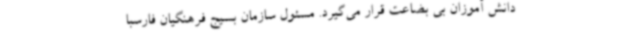
دانش آموزان بی بضاعت قرار می‌گیرد. مسئول سازمان بسیج فرهنگیان فارسبا